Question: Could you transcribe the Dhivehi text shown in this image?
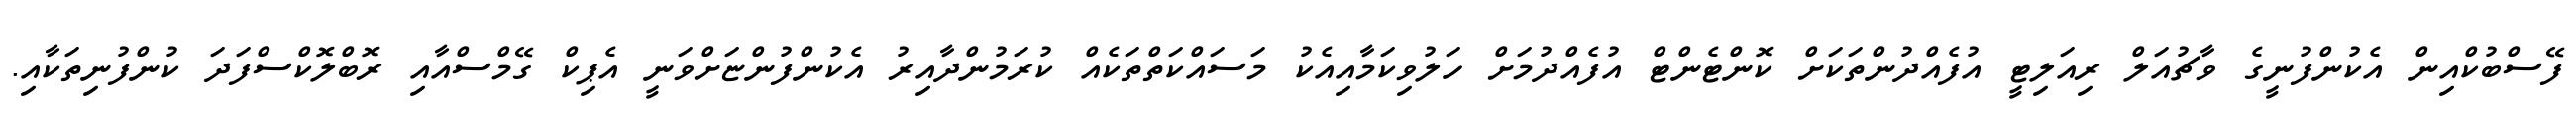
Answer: ފޭސްބުކްއިން އެކުންފުނީގެ ވާޗުއަލް ރިއަލިޓީ އުފެއްދުންތަކަށް ކޮންޓެންޓް އުފެއްދުމަށް ހަލުވިކަމާއިއެކު މަސައްކަތްތަކެއް ކުރަމުންދާއިރު އެކުންފުންޏަށްވަނީ އެޕިކް ގޭމްސްއާއި ރޮބްލޮކްސްފަދަ ކުންފުނިތަކާއި.